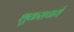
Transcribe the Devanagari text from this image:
शुकराचार्य